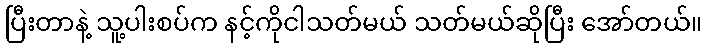
ပြီးတာနဲ့ သူ့ပါးစပ်က နင့်ကိုငါသတ်မယ် သတ်မယ်ဆိုပြီး အော်တယ်။